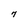
Character: 7